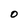
Character: 0